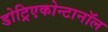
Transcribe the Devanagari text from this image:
डोट्रिएकोन्टानॉल